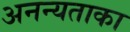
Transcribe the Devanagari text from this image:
अनन्यताका